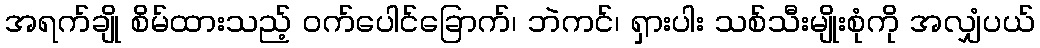
အရက်ချို စိမ်ထားသည့် ဝက်ပေါင်ခြောက်၊ ဘဲကင်၊ ရှားပါး သစ်သီးမျိုးစုံကို အလျှံပယ်